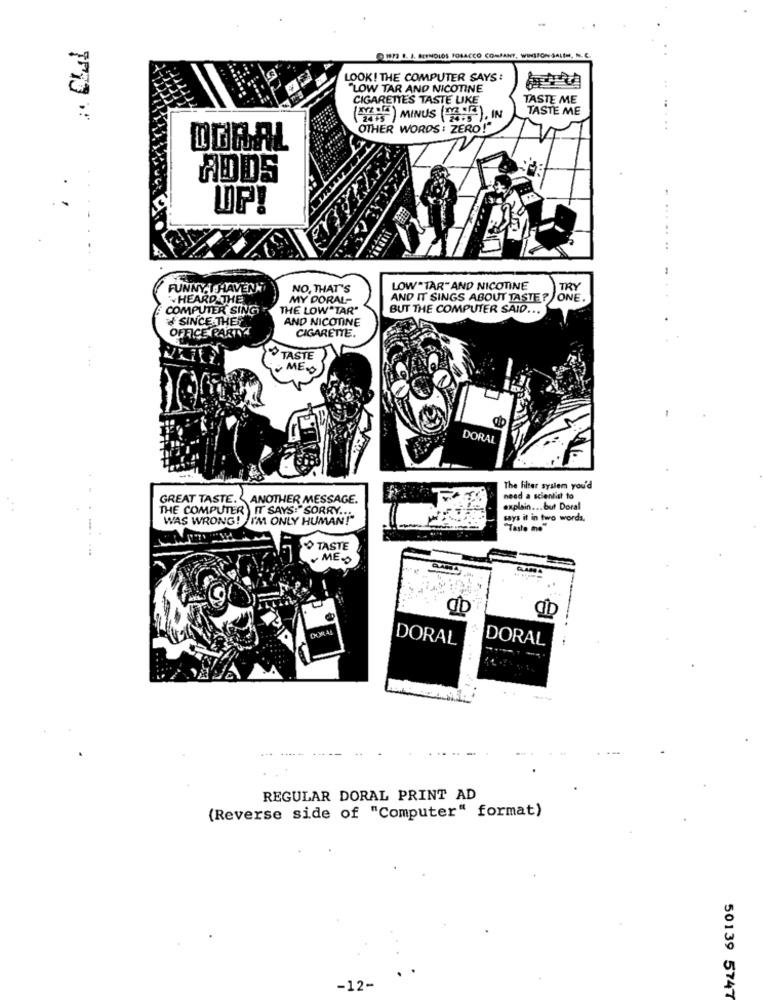
CLI
1973 R. J. REYNOLDS POLACCO COMPANY, WINSTON SALEM, N. C
LOOK! THE COMPUTER SAYS :
"LOW TAR AND NICOTINE
CIGARETTES TASTE UKE
TASTE ME
TASTE ME
MILE )MINUS (DE "E)
24+5
OTHER WORDS : ZERO!"
DORAL
ADDS
UP!
...
FUNNY. T.HAVEN
NO, THAT'S
LOW*TAR"AND NICOTINE
TRY
¥HEARD THE
MY DORAL-
AND IT SINGS ABOUT TASTE? ONE.
COMPUTER SING
THE LOW*TAR"
BUT THE COMPUTER SAID ...
d SINCE THEY
AND NICOTINE
OFFICE PARTY
CIGARETTE.
TASTE
ME.
DORAL
The Filter system you'd
GREAT TASTE. ANOTHER MESSAGE.
need a scientist to
THE COMPUTER ) IT SAYS:"SORRY ....
explain ... but Doral
WAS WRONG! I'M ONLY HUMAN!"
says it in two words.
"Taste mo
TASTE
MEO
CAADA
DORAL
DORAL
REGULAR DORAL PRINT AD
(Reverse side of "Computer" format)
-12-
50139 5747